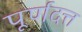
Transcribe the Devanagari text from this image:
पूर्णदत्त